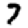
Digit: 7